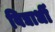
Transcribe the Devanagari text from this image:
विद्यार्धी